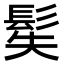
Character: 𩬭